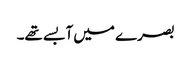
بصرے میں آبسے تھے۔